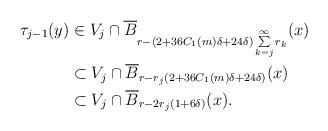
LaTeX: \begin{align*} \tau_{j-1}(y) &\in V_{j} \cap \overline{B}_{r-(2+36C_1(m) \delta +24 \delta)\sum \limits_{k=j}^\infty r_k}(x)\\ &\subset V_j \cap \overline{B}_{r-r_j(2+36C_1(m)\delta+24\delta)}(x)\\ &\subset V_j \cap \overline{B}_{r-2r_j(1+6\delta)}(x). \end{align*}